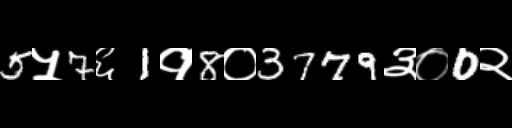
Text: 5५7६1१8०3779३०0२